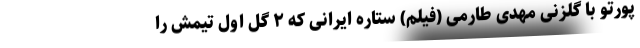
پورتو با گلزنی مهدی طارمی (فیلم) ستاره ایرانی که ۲ گل اول تیمش را